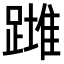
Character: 𨄺